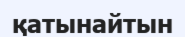
қатынайтын